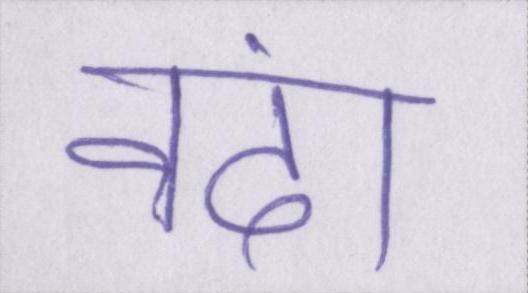
नंदा